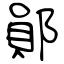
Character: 鄖